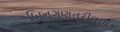
બિનગણતરીલાયક